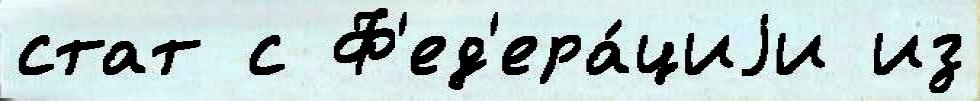
стат с Ф'ед'ера́циjи из